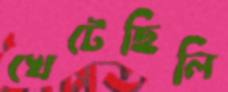
খেটেছিলি